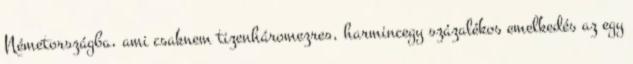
Németországba, ami csaknem tizenháromezres, harmincegy százalékos emelkedés az egy